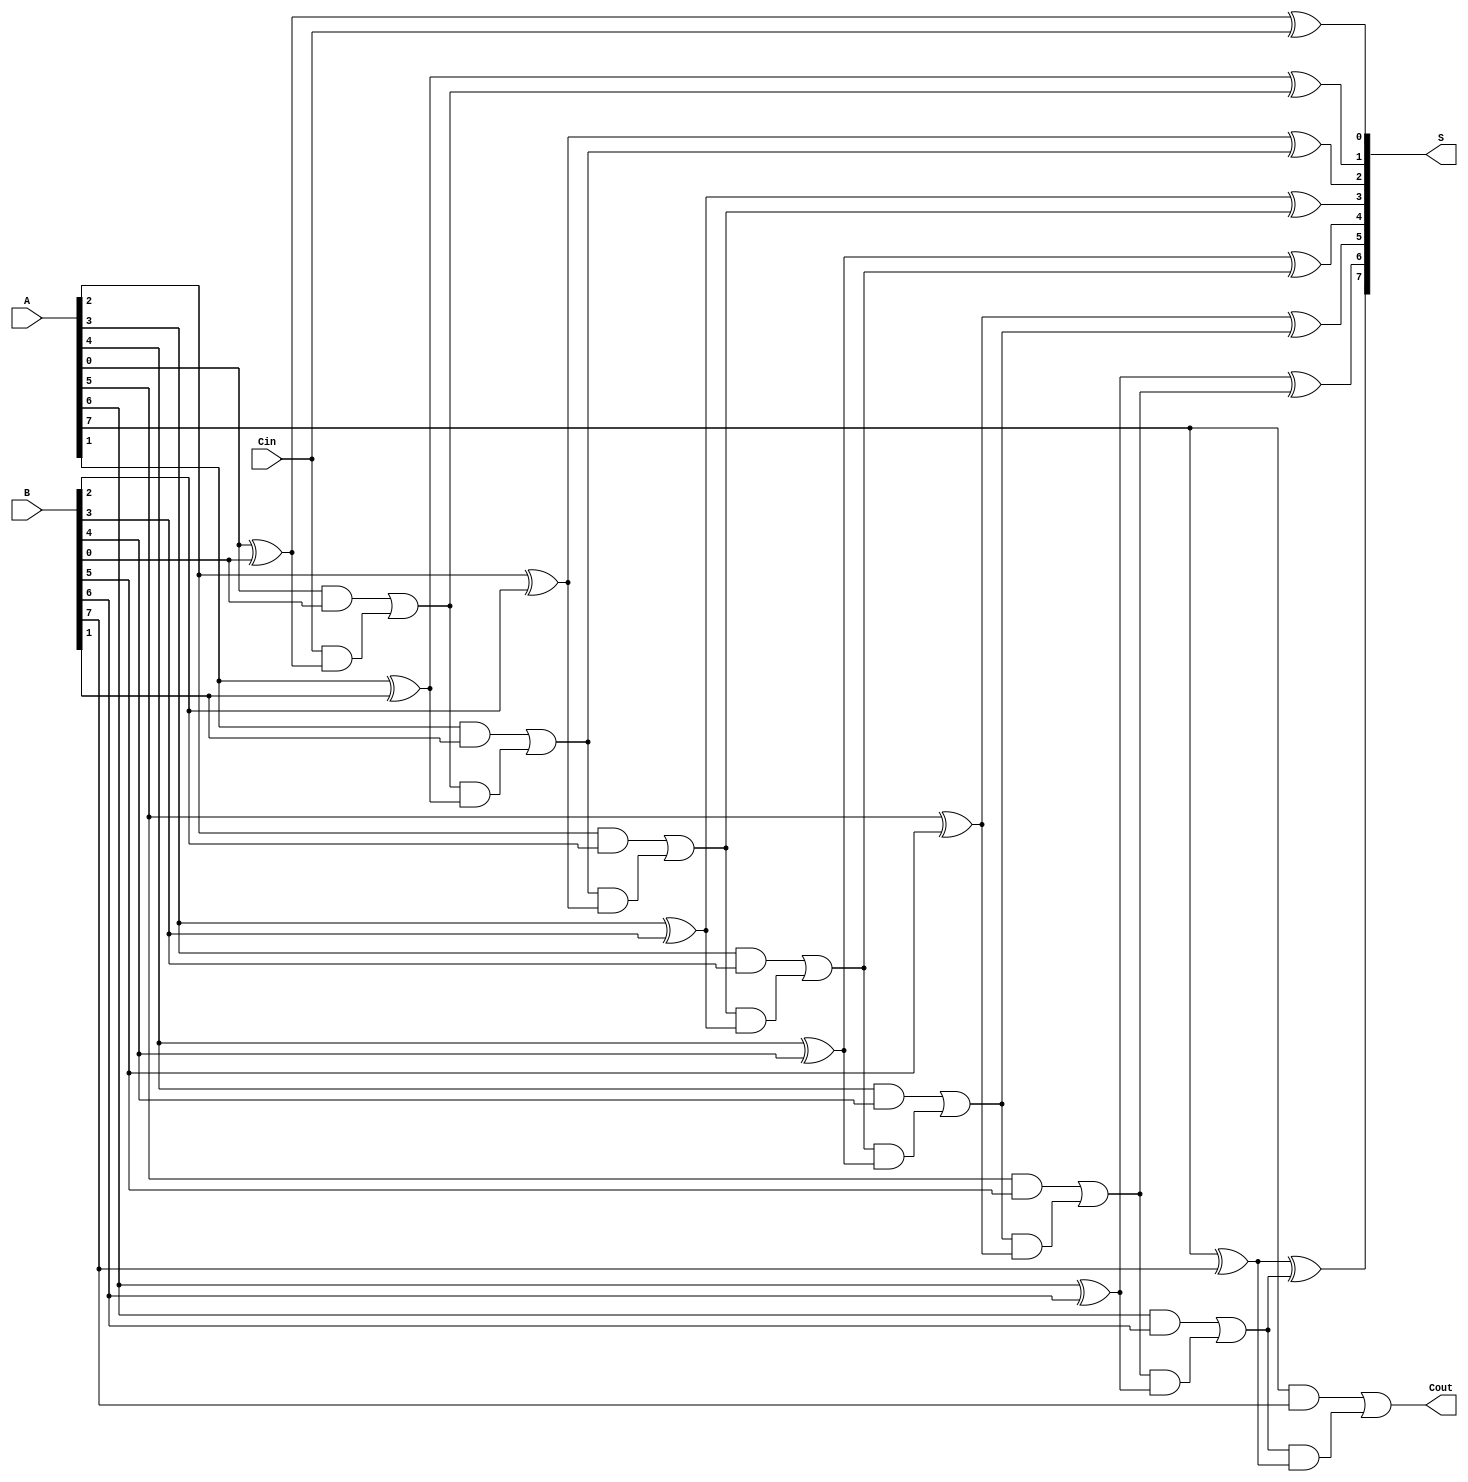
module PrecomputationCarryAdder #(
    parameter N = 8  // Parameter to define the bit width
)(
    input  wire [N-1:0] A,    // First n-bit input
    input  wire [N-1:0] B,    // Second n-bit input
    input  wire Cin,           // Carry input
    output wire [N-1:0] S,     // Sum output
    output wire Cout           // Carry output
);

    wire [N:0] C;  // Carry signals; C[0] is the carry-in
    assign C[0] = Cin;  // Initialize the first carry with Cin

    genvar i;
    generate
        for (i = 0; i < N; i = i + 1) begin : Carry_Sum_Generation
            // Calculate the sum for each bit
            assign S[i] = A[i] ^ B[i] ^ C[i];
            
            // Calculate the carry-out for the next bit
            assign C[i+1] = (A[i] & B[i]) | (C[i] & (A[i] ^ B[i]));
        end
    endgenerate

    // Final carry-out
    assign Cout = C[N];

endmodule